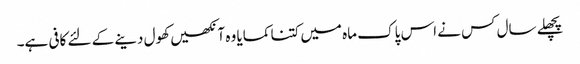
پچھلے سال کس نے اس پاک ماہ میں کتنا کمایا وہ آنکھیں کھول دینے کے لئے کافی ہے۔